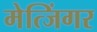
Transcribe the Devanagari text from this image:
मेत्जिंगर